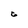
Character: 6